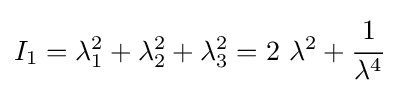
I_{1}=\lambda _{1}^{2}+\lambda _{2}^{2}+\lambda _{3}^{2}=2~\lambda ^{2}+{\cfrac {1}{\lambda ^{4}}}~